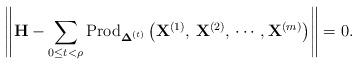
LaTeX: \begin{align*}\left\Vert \mathbf{H}-\sum_{0\le t<\rho}\mbox{Prod}_{\boldsymbol{\Delta}^{(t)}}\left(\mathbf{X}^{(1)},\,\mathbf{X}^{(2)},\,\cdots,\mathbf{X}^{(m)}\right)\right\Vert =0.\end{align*}